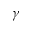
\gamma